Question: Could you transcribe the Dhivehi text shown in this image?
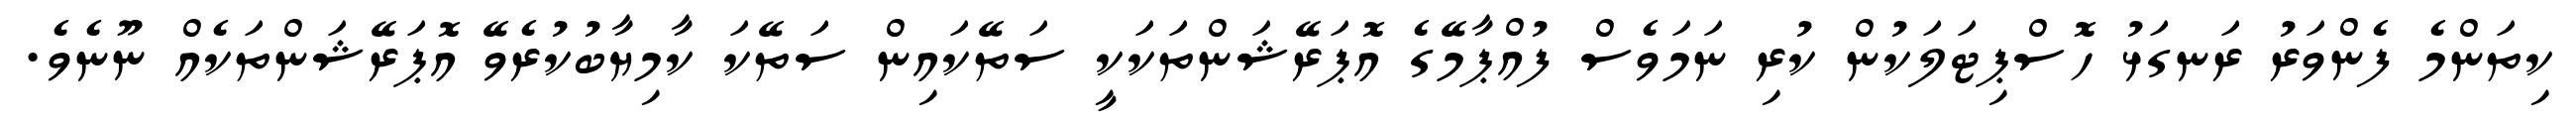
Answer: ކިތަންމެ ފެންވަރު ރަނގަޅު ހޮސްޕިޓަލަކުން ކުރި ނަމަވެސް ފުއްޕާމޭގެ އޮޕަރޭޝަންތަކަކީ ސަތޭކައިން ސަތޭކަ ކާމިޔާބުކުރެވޭ އޮޕަރޭޝަންތަކެއް ނޫނެވެ.